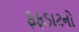
ફફડાટનો